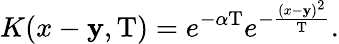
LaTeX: K(x-\mathbf{y},\mathrm{{T}})=e^{-\alpha\mathrm{{T}}}e^{-{\frac{{(x-\mathbf{y})^{2}}}{{\mathrm{{T}}}}}}.